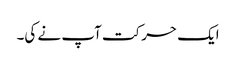
ایک حرکت آپ نے کی۔